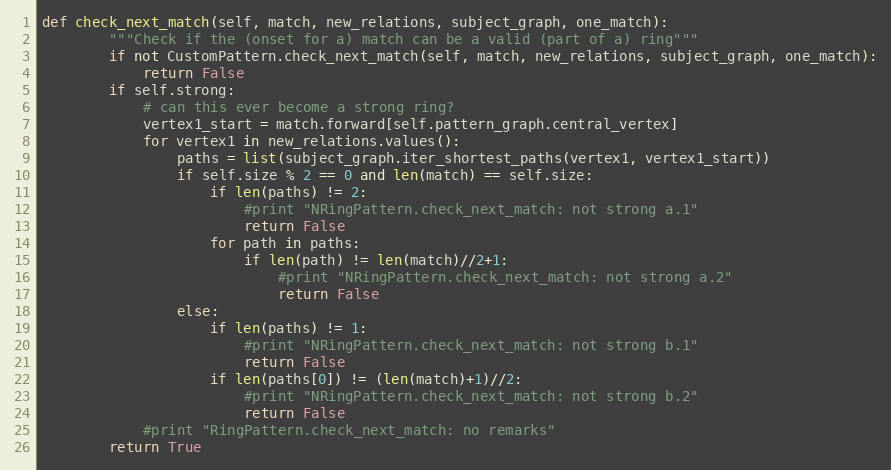
Language: Python
def check_next_match(self, match, new_relations, subject_graph, one_match):
        """Check if the (onset for a) match can be a valid (part of a) ring"""
        if not CustomPattern.check_next_match(self, match, new_relations, subject_graph, one_match):
            return False
        if self.strong:
            # can this ever become a strong ring?
            vertex1_start = match.forward[self.pattern_graph.central_vertex]
            for vertex1 in new_relations.values():
                paths = list(subject_graph.iter_shortest_paths(vertex1, vertex1_start))
                if self.size % 2 == 0 and len(match) == self.size:
                    if len(paths) != 2:
                        #print "NRingPattern.check_next_match: not strong a.1"
                        return False
                    for path in paths:
                        if len(path) != len(match)//2+1:
                            #print "NRingPattern.check_next_match: not strong a.2"
                            return False
                else:
                    if len(paths) != 1:
                        #print "NRingPattern.check_next_match: not strong b.1"
                        return False
                    if len(paths[0]) != (len(match)+1)//2:
                        #print "NRingPattern.check_next_match: not strong b.2"
                        return False
            #print "RingPattern.check_next_match: no remarks"
        return True